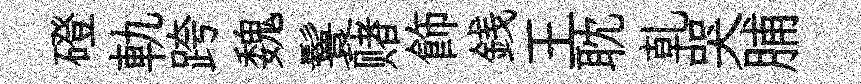
磴軌跨魏鬟赌飾銭王耽乹哭脯